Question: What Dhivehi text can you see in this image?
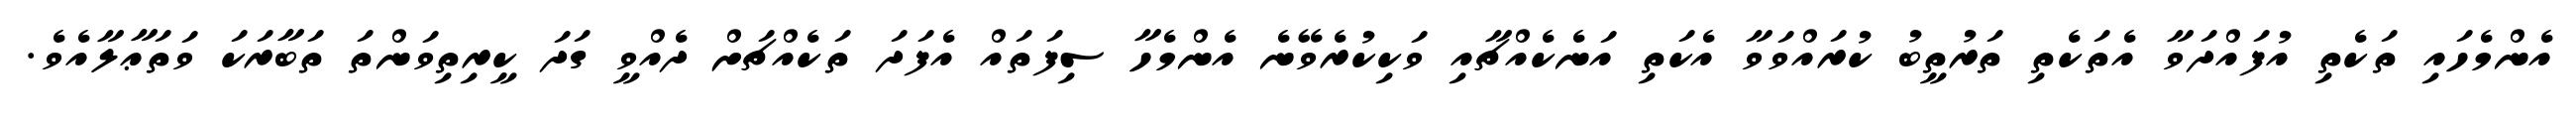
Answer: އެންމެހައި ތަކެތި އުފައްދަވާ އެތަކެތި ތަރުތީބު ކުރައްވަވާ އެކަތި އަނެކެއްޗާއި ވަކިކުރެވޭނެ އެންމެހާ ސިފަތައް އެފަދަ ތަކެއްޗަށް ދެއްވީ ގަދަ ކީރިތިވަންތަ ތަބާރަކަ ވަތަޢާލާއެވެ.